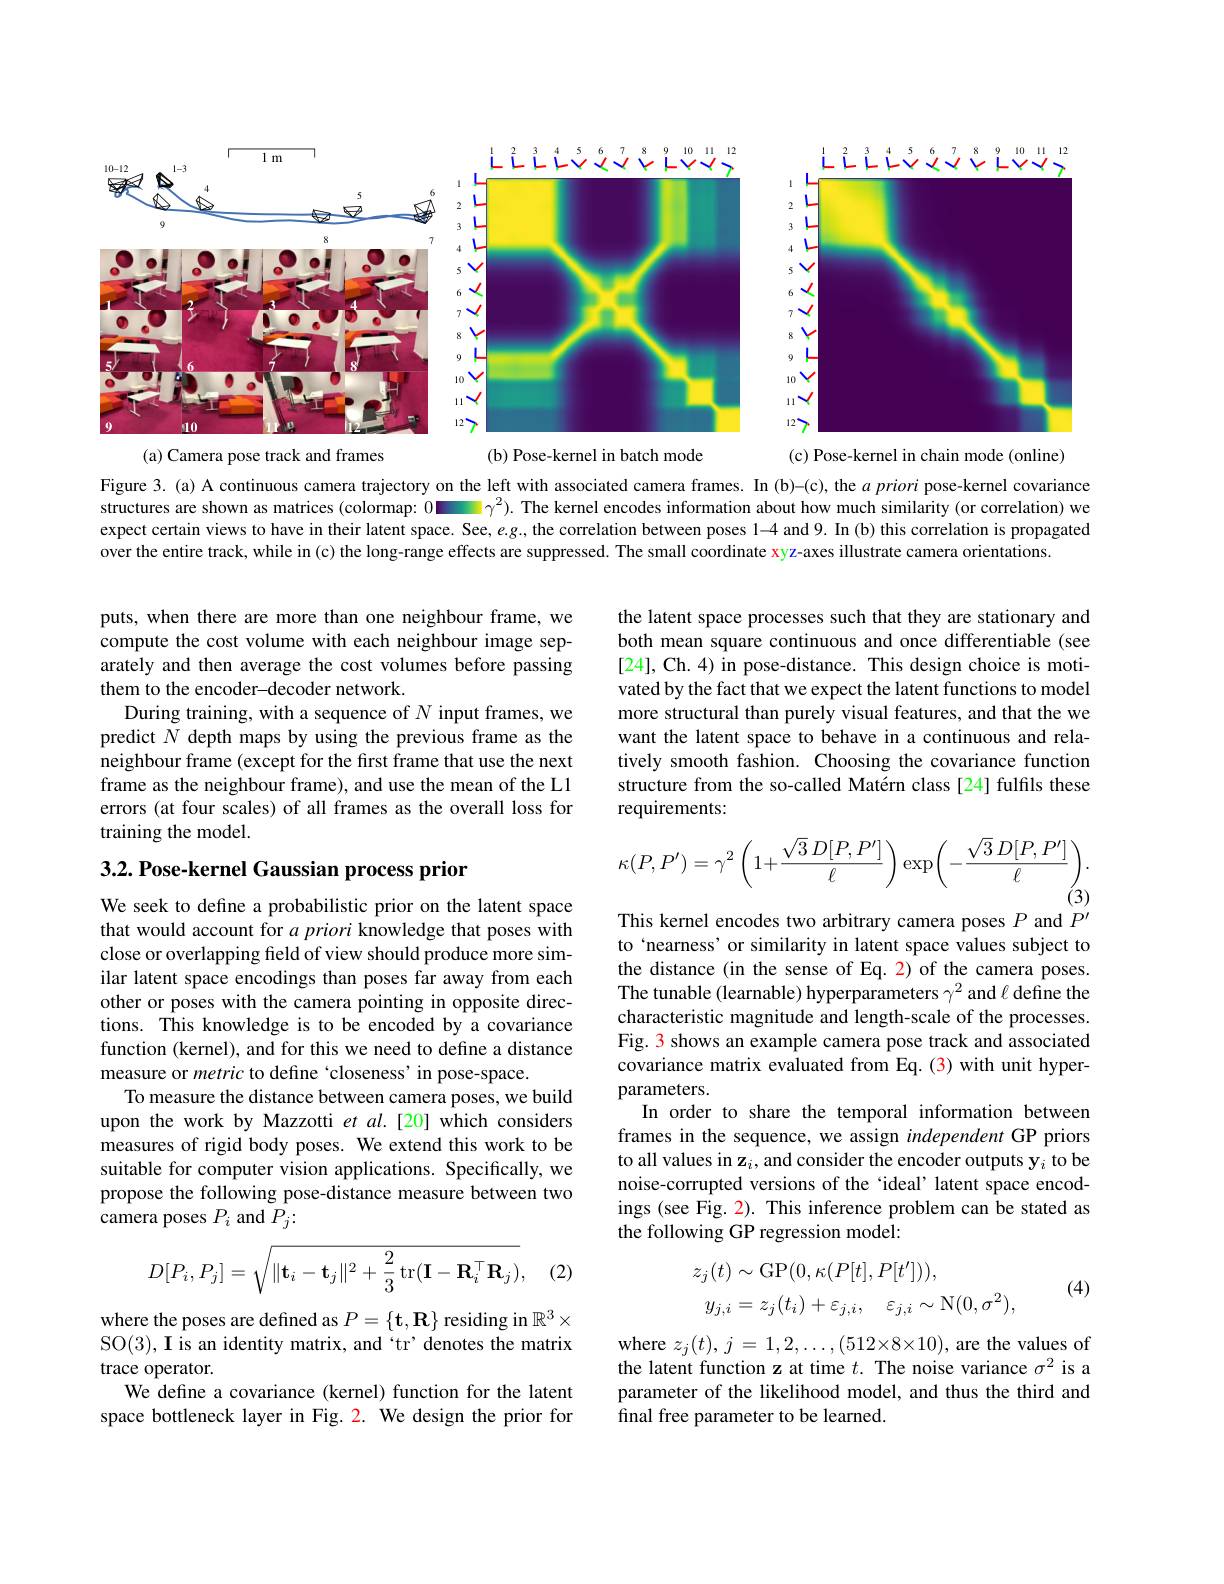
<FigureHere>
(c) Pose-kernel in chain mode (online)

<FigureHere>

(b) Pose-kernel in batch mode
(a) Camera pose track and frames

Figure 3. (a) A continuous camera trajectory on the left with associated camera frames. In (b)-(c), the $a\textit{priori pose- kernel covariance}$ structures are shown as matrices (colormap: 0 . The kernel encodes information about how much similarity (or correlation) we expect certain views to have in their latent space. See, $e.g.$ the correlation between poses 1-4 and 9. In (b) this correlation is propagated over the entire track, while in (c) the long-range effects are suppressed. The small coordinate xy z-axes illustrate camera orientations.

puts, when there are more than one neighbour frame, we compute the cost volume with each neighbour image separately and then average the cost volumes before passing them to the encoder-decoder network.
During training, with a sequence of $N$ input frames, we predict $N$ depth maps by using the previous frame as the neighbour frame (except for the frst frame that use the next frame as the neighbour frame), and use the mean of the L1 errors (at four scales) of all frames as the overall loss for training the model.

3.2. Pose-kernel Gaussian process prior

We seek to define a probabilistic prior on the latent space that would account for $a\textit{priori knowledge that poses with}$ close or overlapping field of view should produce more similar latent space encodings than poses far away from each other or poses with the camera pointing in opposite directions. This knowledge is to be encoded by a covariance function (kernel), and for this we need to define a distance measure or metric to define `closeness'in pose-space.
To measure the distance between camera poses, we build upon the work by Mazzotti et al.[20] which considers measures of rigid body poses. We extend this work to be suitable for computer vision applications. Specifically, we propose the following pose-distance measure between two camera poses $P_i$ and $P_j:$
$$D[P_i,P_j]=\sqrt{\|\mathbf t_i-\mathbf t_j\|^2+\frac{2}{3}\operatorname{tr}(\mathbf I-\mathbf R_i^\top\mathbf R_j)},$$
(2)

where the poses are defined as $P=\{\mathbf{t},\mathbf{R}\}$ residing in $\mathbb{R}^3\times$ SO(3), I is an identity matrix, and `tr' denotes the matrix trace operator.
We define a covariance (kernel) function for the latent space bottleneck layer in Fig. 2. We design the prior for

the latent space processes such that they are stationary and both mean square continuous and once differentiable (see [24], Ch. 4) in pose-distance. This design choice is motivated by the fact that we expect the latent functions to model more structural than purely visual features, and that the we want the latent space to behave in a continuous and relatively smooth fashion. Choosing the covariance function structure from the so-called Matérn class[24] fulfils these requirements:
$$\kappa(P,P')=\gamma^2\left(1+\frac{\sqrt{3}\:D[P,P']}{\ell}\right)\exp\biggl(-\frac{\sqrt{3}\:D[P,P']}{\ell}\biggr).$$
This kernel encodes two arbitrary camera poses $P$ and $P^{\prime}$ to ‘nearness’ or similarity in latent space values subject to the distance (in the sense of Eq. 2) of the camera poses. The tunable (learnable) hyperparameters $\gamma^2$ and $\ell$ define the characteristic magnitude and length-scale of the processes. Fig. 3 shows an example camera pose track and associated covariance matrix evaluated from Eq. (3) with unit hyperparameters.
In order to share the temporal information between frames in the sequence, we assign independent GP priors to all values in z$_i$, and consider the encoder outputs y$_i$ to be noise-corrupted versions of the `ideal' latent space encodings (see Fig. 2). This inference problem can be stated as the following GP regression model:

(4)
$$\begin{aligned}z_{j}(t)&\sim\mathrm{GP}(0,\kappa(P[t],P[t^{\prime}])),\\y_{j,i}&=z_{j}(t_{i})+\varepsilon_{j,i},\quad\varepsilon_{j,i}\sim\mathrm{N}(0,\sigma^{2}),\end{aligned}$$
where $z_j(t),j=1,2,\ldots,(512\times8\times10)$, are the values of the latent function z at time $t.$ The noise variance $\sigma^2$ is a parameter of the likelihood model, and thus the third and final free parameter to be learned